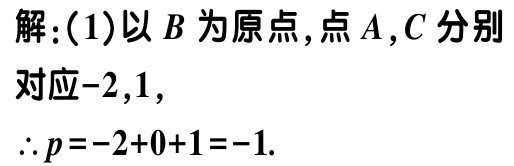
解：(1)以\(B\)为原点，点\(A,C\)分别对应\(-2,1\)，

\(\therefore p = -2 + 0 + 1 = -1\).